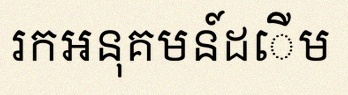
រកអនុគមន៍ដើម